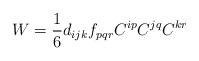
LaTeX: \begin{align*}W=\frac{1}{6}d_{ijk}f_{pqr}C^{ip}C^{jq}C^{kr}\end{align*}